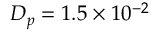
{ D _ { p } } = 1 . 5 \times { 1 0 ^ { - 2 } }